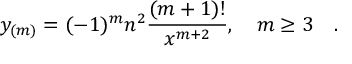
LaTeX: y _ { ( m ) } = ( - 1 ) ^ { m } n ^ { 2 } { \frac { ( m + 1 ) ! } { x ^ { m + 2 } } } , \quad m \ge 3 \quad .